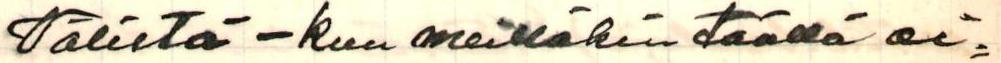
Völistä- kun meilläkin täällä ai=